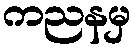
ကညနမှ